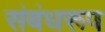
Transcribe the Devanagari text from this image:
संबंधरूप